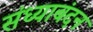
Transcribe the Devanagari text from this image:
संध्याबंदन